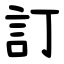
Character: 訂